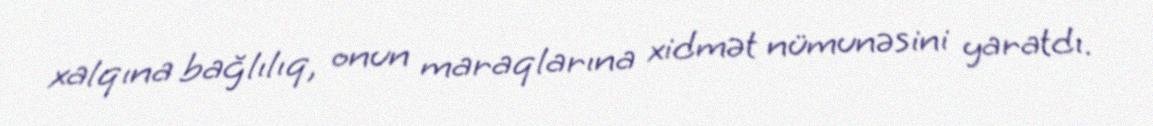
xalqına bağlılıq, onun maraqlarına xidmət nümunəsini yaratdı.